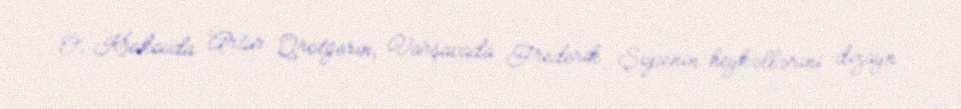
O, Krakovda Artur Qrotgerin, Varşavada Frederik Şopenin heykəllərini dizayn